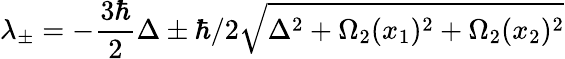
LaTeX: \lambda_{\pm}=-\frac{3\hbar}{2}\Delta\pm\hbar/2\sqrt{\Delta^{2}+\Omega_{2}(x_{1})^{2}+\Omega_{2}(x_{2})^{2}}